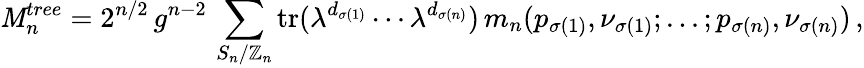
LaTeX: \mathit{M}_{n}^{tree}=2^{n/2}\, g^{n-2}\, \sum_{S_{n}/\mathbb{Z}_{n}}\mathrm{{tr}}(\lambda^{d_{\sigma(1)}}\cdots\lambda^{d_{\sigma(n)}})\, m_{n}(p_{\sigma(1)},\nu_{\sigma(1)};...;p_{\sigma(n)},\nu_{\sigma(n)})\, ,